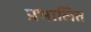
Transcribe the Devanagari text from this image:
प्रभालित